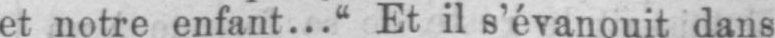
et notre enfant...“ Et il s’évanouit dans